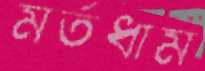
মর্তধাম